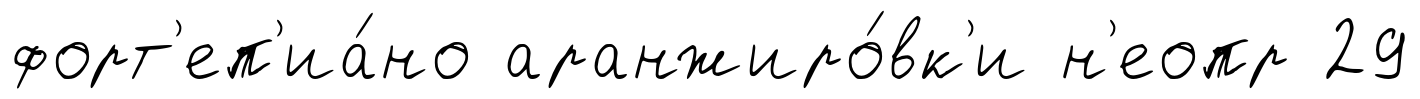
форт'еп'иа́но аранжиро́вк'и н'еопр 29